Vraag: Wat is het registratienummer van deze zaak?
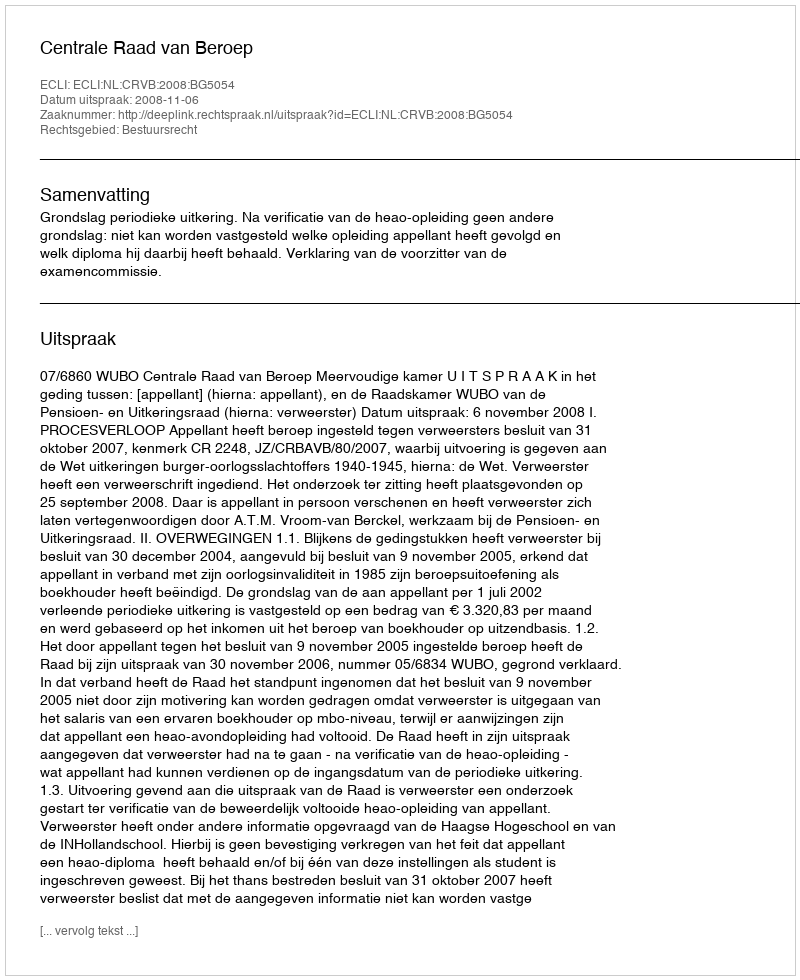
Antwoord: http://deeplink.rechtspraak.nl/uitspraak?id=ECLI:NL:CRVB:2008:BG5054